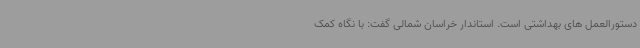
دستورالعمل های بهداشتی است. استاندار خراسان شمالی گفت: با نگاه کمک